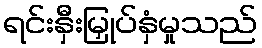
ရင်းနှီးမြှုပ်နှံမှုသည်